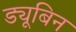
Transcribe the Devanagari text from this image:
ड्यूबिन